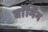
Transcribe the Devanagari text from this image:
वाॅर्मिंग